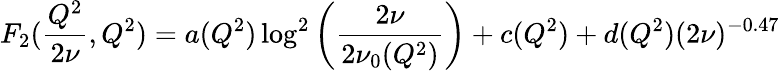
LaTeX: F_{2}(\frac{Q^{2}}{2\nu},Q^{2})=a(Q^{2})\log^{2}\left(\frac{2\nu}{2\nu_{0}(Q^{2})}\right)+c(Q^{2})+d(Q^{2})(2\nu)^{-0.47}